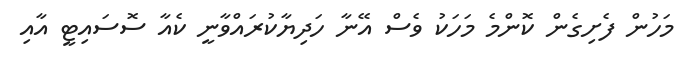
މަހުން ފެށިގެން ކޮންމެ މަހަކު ވެސް އޭނާ ހަދިޔާކުރައްވާނީ ކެއާ ސޮސައިޓީ އާއި